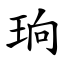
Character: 珦